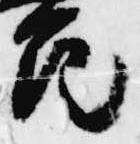
花